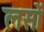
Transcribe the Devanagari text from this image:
लसों